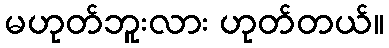
မဟုတ်ဘူးလား ဟုတ်တယ်။